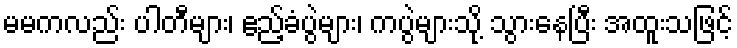
မမကလည်း ပါတီများ၊ ဧည့်ခံပွဲများ၊ ကပွဲများသို့ သွားနေပြီး အထူးသဖြင့်